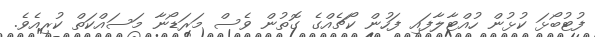
ފުޓުބޯޅަ ކުޅުން ހުއްޓާލާފައި ފަހުން ކޯޗެއްގެ ގޮތުން ވެސް މަރަޑޯނާ މަސައްކަތް ކުރިއެވެ.